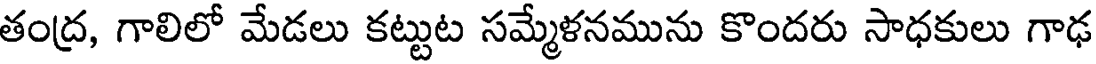
తంద్ర, గాలిలో మేడలు కట్టుట సమ్మేళనమును కొందరు సాధకులు గాఢ